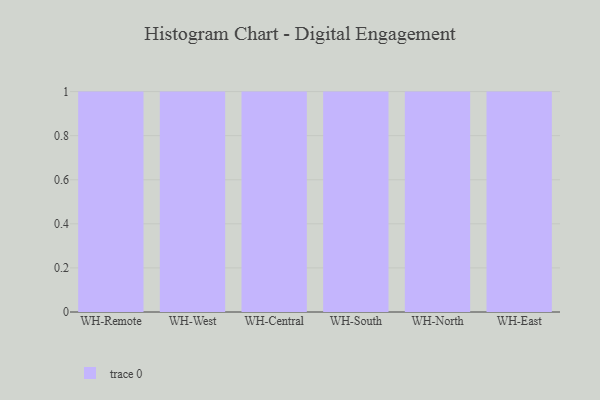
{"axis": {"x": "Warehouse", "y": "Headcount"}, "legend": [""], "data": [{"x": "WH-Remote", "y": 90, "type": ""}, {"x": "WH-West", "y": 11, "type": ""}, {"x": "WH-Central", "y": 84, "type": ""}, {"x": "WH-South", "y": 40, "type": ""}, {"x": "WH-North", "y": 49, "type": ""}, {"x": "WH-East", "y": 95, "type": ""}]}